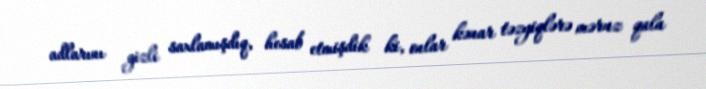
adlarını gizli saxlamışdıq, hesab etmişdik ki, onlar kənar təzyiqlərə məruz qala